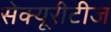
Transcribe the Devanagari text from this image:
सेक्यूरीटीज